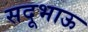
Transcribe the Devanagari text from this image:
सदूभाऊ